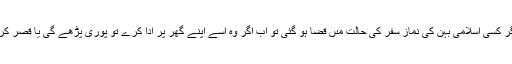
سُوال : اگر کسی اسلامی بہن کى نماز سفر کى حالت مىں قضا ہو گئى تو اب اگر وہ اُسے اپنے گھر پر ادا کرے تو پوری پڑھے گی یا قصر کرے گی ؟